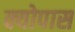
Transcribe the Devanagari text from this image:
क्योपास